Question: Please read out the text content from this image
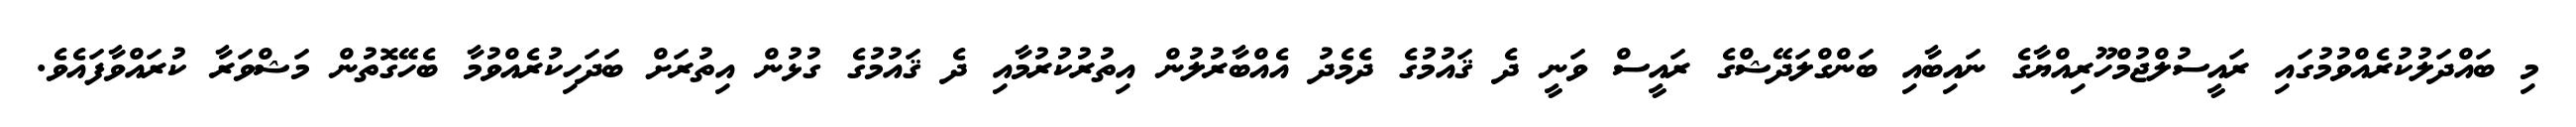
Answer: މި ބައްދަލުކުރެއްވުމުގައި ރައީސުލްޖުމްހޫރިއްޔާގެ ނައިބާއި ބަންގްލަދޭޝްގެ ރައީސް ވަނީ ދެ ޤައުމުގެ ދެމެދު އެއްބާރުލުން އިތުރުކުރުމާއި ދެ ޤައުމުގެ ގުޅުން އިތުރަށް ބަދަހިކުރެއްވުމާ ބެހޭގޮތުން މަޝްވަރާ ކުރައްވާފައެވެ.